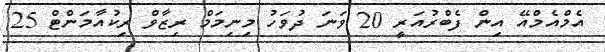
އެމްއެމްއޭ އިން ފެބްރުއަރީ 20 ވަނަ ދުވަހު މިނިމަމް ރިޒާވް ރިކުއާމަންޓް 25